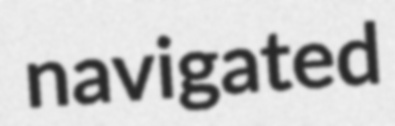
navigated